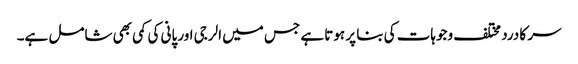
سر کا درد مختلف وجوہات کی بنا پر ہوتا ہے جس میں الرجی اور پانی کی کمی بھی شامل ہے۔